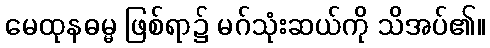
မေထုနဓမ္မ ဖြစ်ရာ၌ မဂ်သုံးဆယ်ကို သိအပ်၏။